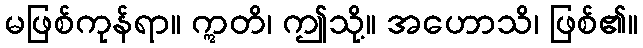
မဖြစ်ကုန်ရာ။ ဣတိ၊ ဤသို့။ အဟောသိ၊ ဖြစ်၏။